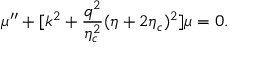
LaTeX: \mu ^ { \prime \prime } + [ k ^ { 2 } + \frac { q ^ { 2 } } { \eta _ { c } ^ { 2 } } ( \eta + 2 \eta _ { c } ) ^ { 2 } ] \mu = 0 .